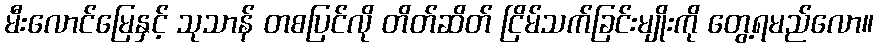
မီးလောင်မြေနှင့် သုသာန် တစပြင်လို တိတ်ဆိတ် ငြိမ်သက်ခြင်းမျိုးကို တွေ့ရမည်လော။